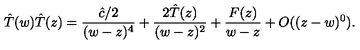
\hat { T } ( w ) \hat { T } ( z ) = \frac { \hat { c } / 2 } { ( w - z ) ^ { 4 } } + \frac { 2 \hat { T } ( z ) } { ( w - z ) ^ { 2 } } + \frac { F ( z ) } { w - z } + O ( ( z - w ) ^ { 0 } ) .